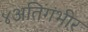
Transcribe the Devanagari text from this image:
४अतिगंभीर